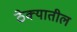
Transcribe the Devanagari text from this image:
ठेक्‍यातील